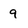
Character: 9